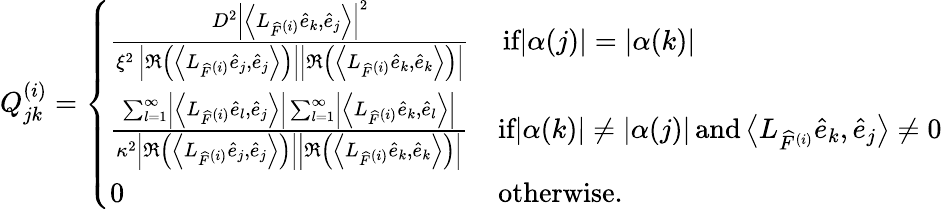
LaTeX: Q_{jk}^{(i)}=\left\{ \begin{array}{ll}{\frac{D^{2}\left|\left\langle L_{\widehat{F}^{(i)}}\widehat{e}_{k},\widehat{e}_{j}\right\rangle\right|^{2}}{\xi^{2}\, \left|\Re\left(\left\langle L_{\widehat{F}^{(i)}}\widehat{e}_{j},\widehat{e}_{j}\right\rangle\right)\right|\left|\Re\left(\left\langle L_{\widehat{F}^{(i)}}\widehat{e}_{k},\widehat{e}_{k}\right\rangle\right)\right|}}&{\, \textrm{if}|\alpha(j)|=|\alpha(k)|}\\ {\frac{\sum_{l=1}^{\infty}\left|\left\langle L_{\widehat{F}^{(i)}}\widehat{e}_{l},\widehat{e}_{j}\right\rangle\right|\sum_{l=1}^{\infty}\left|\left\langle L_{\widehat{F}^{(i)}}\widehat{e}_{k},\widehat{e}_{l}\right\rangle\right|}{\kappa^{2}\left|\Re\left(\left\langle L_{\widehat{F}^{(i)}}\widehat{e}_{j},\widehat{e}_{j}\right\rangle\right)\right|\left|\Re\left(\left\langle L_{\widehat{F}^{(i)}}\widehat{e}_{k},\widehat{e}_{k}\right\rangle\right)\right|}}&{\textrm{if}|\alpha(k)|\neq|\alpha(j)|\, \textrm{and}\left\langle L_{\widehat{F}^{(i)}}\widehat{e}_{k},\widehat{e}_{j}\right\rangle\neq 0}\\ {0}&{\textrm{otherwise.}}\end{array}\right.